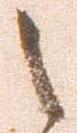
之